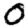
Digit: 0